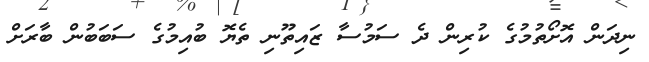
ނިދަން އޮށޯތުމުގެ ކުރިން ދެ ސަމުސާ ޒައިތޫނި ތެޔޮ ބުއިމުގެ ސަބަބުން ބާރަށް